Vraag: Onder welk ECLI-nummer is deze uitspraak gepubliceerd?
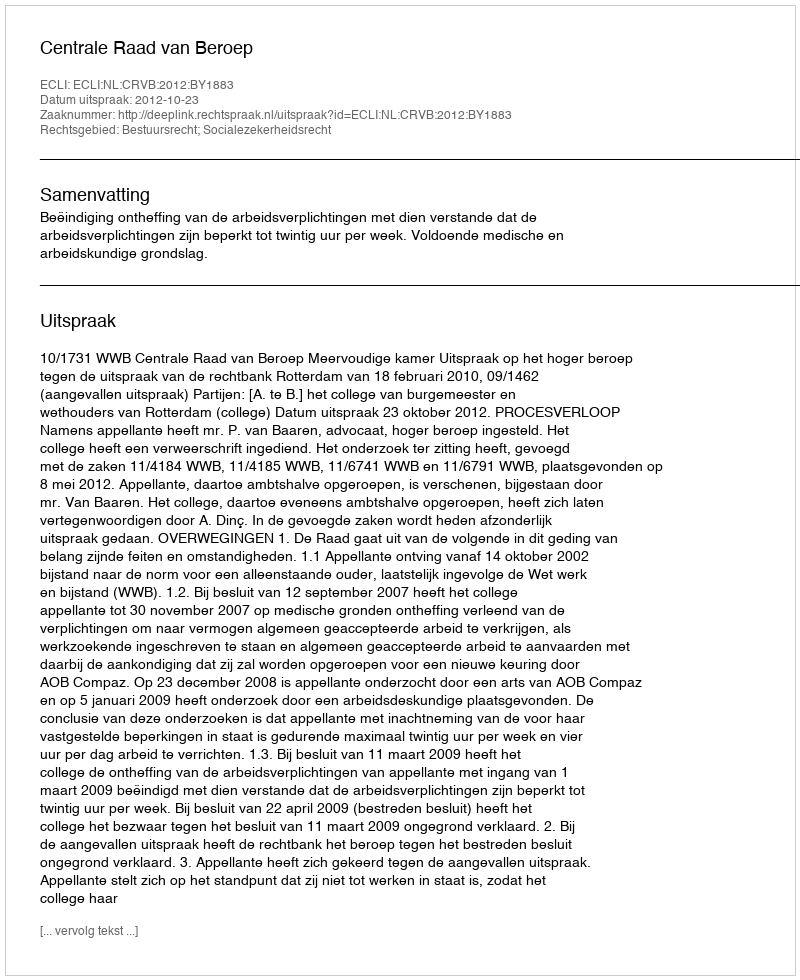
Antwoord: ECLI:NL:CRVB:2012:BY1883